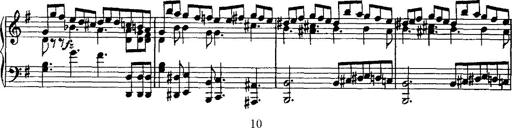
Title: Rondo di bravura
Composer: Franz Liszt